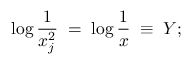
\log \frac { 1 } { x _ { j } ^ { 2 } } \; = \; \log \frac { 1 } { x } \; \equiv \; Y ;